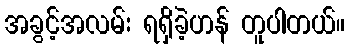
အခွင့်အလမ်း ရရှိခဲ့ဟန် တူပါတယ်။